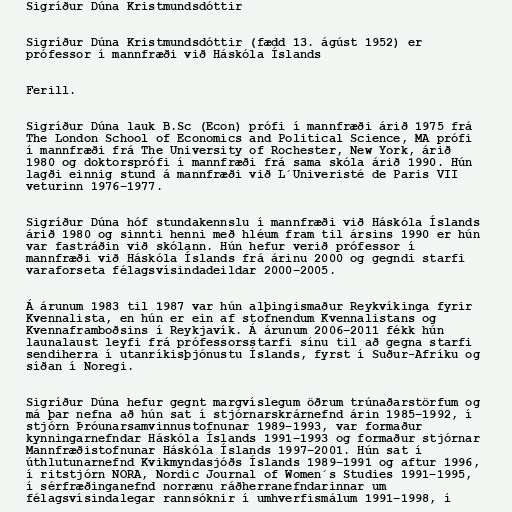
Sigríður Dúna Kristmundsdóttir

Sigríður Dúna Kristmundsdóttir (fædd 13. ágúst 1952) er
prófessor í mannfræði við Háskóla Íslands

Ferill.

Sigríður Dúna lauk B.Sc (Econ) prófi í mannfræði árið 1975 frá
The London School of Economics and Political Science, MA prófi
í mannfræði frá The University of Rochester, New York, árið
1980 og doktorsprófi í mannfræði frá sama skóla árið 1990. Hún
lagði einnig stund á mannfræði við L´Univeristé de Paris VII
veturinn 1976–1977.

Sigríður Dúna hóf stundakennslu í mannfræði við Háskóla Íslands
árið 1980 og sinnti henni með hléum fram til ársins 1990 er hún
var fastráðin við skólann. Hún hefur verið prófessor í
mannfræði við Háskóla Íslands frá árinu 2000 og gegndi starfi
varaforseta félagsvísindadeildar 2000–2005.

Á árunum 1983 til 1987 var hún alþingismaður Reykvíkinga fyrir
Kvennalista, en hún er ein af stofnendum Kvennalistans og
Kvennaframboðsins í Reykjavík. Á árunum 2006–2011 fékk hún
launalaust leyfi frá prófessorsstarfi sínu til að gegna starfi
sendiherra í utanríkisþjónustu Íslands, fyrst í Suður-Afríku og
síðan í Noregi.

Sigríður Dúna hefur gegnt margvíslegum öðrum trúnaðarstörfum og
má þar nefna að hún sat í stjórnarskrárnefnd árin 1985–1992, í
stjórn Þróunarsamvinnustofnunar 1989–1993, var formaður
kynningarnefndar Háskóla Íslands 1991–1993 og formaður stjórnar
Mannfræðistofnunar Háskóla Íslands 1997–2001. Hún sat í
úthlutunarnefnd Kvikmyndasjóðs Íslands 1989–1991 og aftur 1996,
í ritstjórn NORA, Nordic Journal of Women´s Studies 1991–1995,
í sérfræðinganefnd norrænu ráðherranefndarinnar um
félagsvísindalegar rannsóknir í umhverfismálum 1991–1998, í